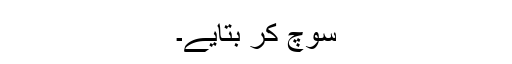
سوچ کر بتایے۔